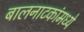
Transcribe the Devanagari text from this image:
बालनाटकांमध्ये